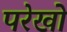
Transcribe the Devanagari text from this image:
परेखो